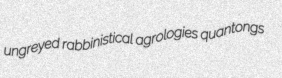
ungreyed rabbinistical agrologies quantongs